Problem: 6 × 9 = ?
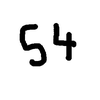
Handwritten answer: 54